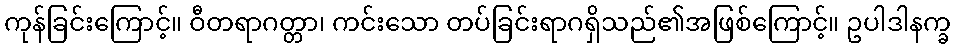
ကုန်ခြင်းကြောင့်။ ဝီတရာဂတ္တာ၊ ကင်းသော တပ်ခြင်းရာဂရှိသည်၏အဖြစ်ကြောင့်။ ဥပါဒါနက္ခ